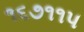
૧૬૭૧૧૫